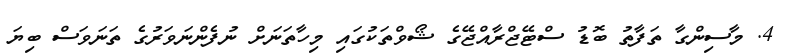
4. މާސިންގާ ތަފާތު ބޮޑު ސްޓޭޖްރާއްޖޭގެ ޝޯވްތަކުގައި މިހާތަނަށް ނުފެންނަވަރުގެ ތަނަވަސް ބިޔަ